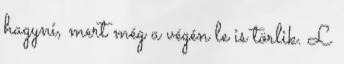
hagyni, mert még a végén le is törlik. L